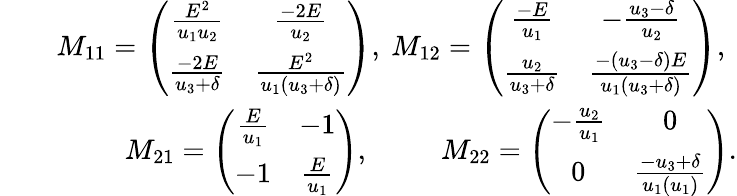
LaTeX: \begin{array}{rlr}&{}&{M_{11}=\left(\begin{array}{cc}{\frac{E^{2}}{u_{1}u_{2}}}&{\frac{-2E}{u_{2}}}\\ {\frac{-2E}{u_{3}+\delta}}&{\frac{E^{2}}{u_{1}(u_{3}+\delta)}}\end{array}\right),~M_{12}=\left(\begin{array}{cc}{\frac{-E}{u_{1}}}&{-\frac{u_{3}-\delta}{u_{2}}}\\ {\frac{u_{2}}{u_{3}+\delta}}&{\frac{-(u_{3}-\delta)E}{u_{1}(u_{3}+\delta)}}\end{array}\right),~}\\ &{}&{M_{21}=\left(\begin{array}{cc}{\frac{E}{u_{1}}}&{-1}\\ {-1}&{\frac{E}{u_{1}}}\end{array}\right),~~~~~~~~~~M_{22}=\left(\begin{array}{cc}{-\frac{u_{2}}{u_{1}}}&{0}\\ {0}&{\frac{-u_{3}+\delta}{u_{1}(u_{1})}}\end{array}\right).}\end{array}